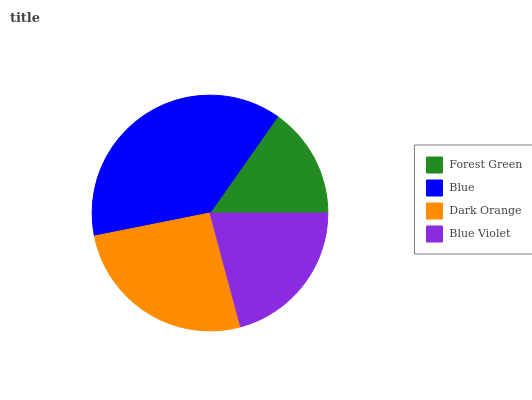
| Forest Green | Blue | Dark Orange | Blue Violet |
 | --- | --- | --- | --- |
 | 15.2% | 37.8% | 26.1% | 20.8% |